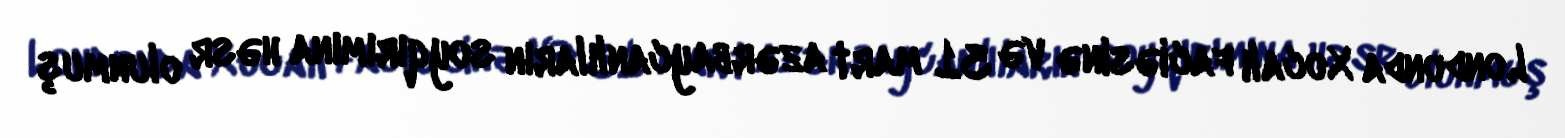
Londonda Xocalı faciəsinə və 31 mart azərbaycanlıların soyqırımına həsr olunmuş